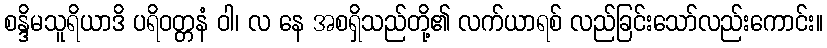
စန္ဒိမသူရိယာဒိ ပရိဝတ္တနံ ဝါ၊ လ နေ အစရှိသည်တို့၏ လက်ယာရစ် လည်ခြင်းသော်လည်းကောင်း။